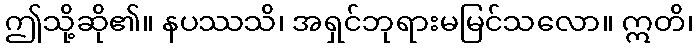
ဤသို့ဆို၏။ နပဿသိ၊ အရှင်ဘုရားမမြင်သလော။ ဣတိ၊